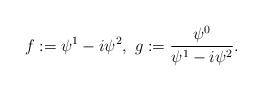
\begin{align*}f:=\psi^1-i\psi^2,\ g:=\frac{\psi^0}{\psi^1-i\psi^2}.\end{align*}